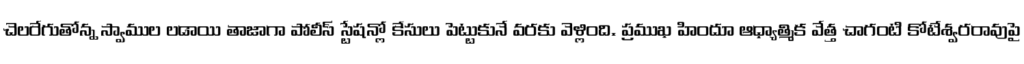
చెలరేగుతోన్న స్వాముల లడాయి తాజాగా పోలీస్ స్టేషన్లో కేసులు పెట్టుకునే వరకు వెళ్లింది. ప్రముఖ హిందూ ఆధ్యాత్మిక వేత్త చాగంటి కోటేశ్వరరావుపై